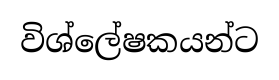
විශ්ලේෂකයන්ට